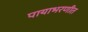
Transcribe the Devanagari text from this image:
पायाभरणीत